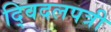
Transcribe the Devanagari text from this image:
द्विदलपत्री